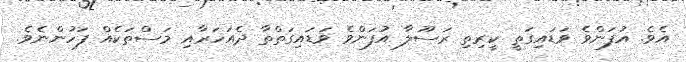
އެވެ. އުފަންވެ ވަޑައިގަތީ ކީރިތި ރަސޫލާ އުފަންވެ ވަޑައިގަތްތާ ދެއަހަރާއި މަސްތަކެއް ފަހުންނެވެ.